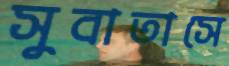
সুবাতাসে